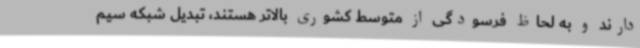
دارند و به لحاظ فرسودگی از متوسط کشوری بالاتر هستند، تبدیل شبکه سیم